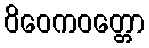
ဝိဝေကဝတ္တော